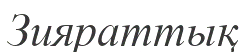
Зияраттық